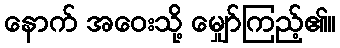
နောက် အဝေးသို့ မျှော်ကြည့်၏။